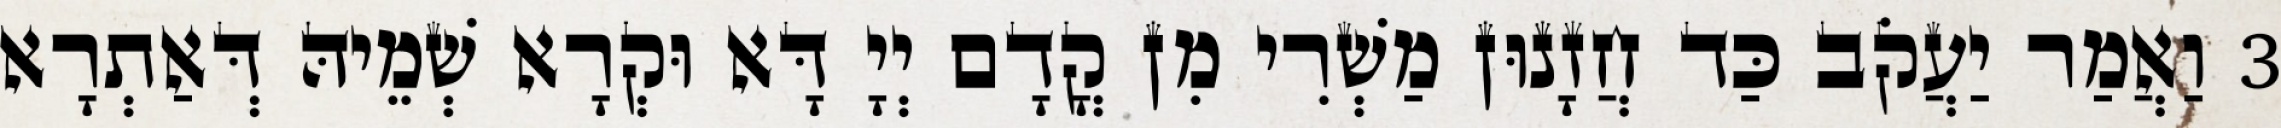
3 וַאֲמַר יַעֲקֹב כַּד חֲזָנוּן מַשְׁרִי מִן קֳדָם יְיָ דָּא וּקְרָא שְׁמֵיהּ דְּאַתְרָא